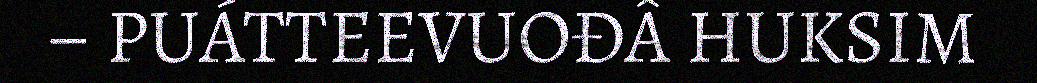
– PUÁTTEEVUOĐÂ HUKSIM